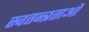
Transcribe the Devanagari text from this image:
स्वतन्त्रताओ